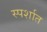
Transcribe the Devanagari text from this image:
स्पर्शात